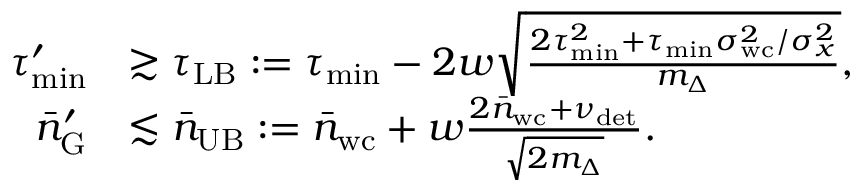
\begin{array} { r l } { \tau _ { \mathrm { m i n } } ^ { \prime } } & { \gtrsim \tau _ { \mathrm { L B } } : = \tau _ { \mathrm { m i n } } - 2 w \sqrt { \frac { 2 \tau _ { \mathrm { m i n } } ^ { 2 } + \tau _ { \mathrm { m i n } } \sigma _ { \mathrm { w c } } ^ { 2 } / \sigma _ { x } ^ { 2 } } { m _ { \Delta } } } , } \\ { \bar { n } _ { \mathrm { G } } ^ { \prime } } & { \lesssim \bar { n } _ { \mathrm { U B } } : = \bar { n } _ { \mathrm { w c } } + w \frac { 2 \bar { n } _ { \mathrm { w c } } + \nu _ { \mathrm { d e t } } } { \sqrt { 2 m _ { \Delta } } } . } \end{array}